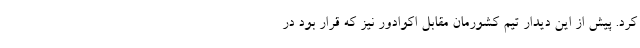
کرد. پیش از این دیدار تیم‌ کشورمان مقابل اکوادور نیز که قرار بود در